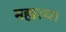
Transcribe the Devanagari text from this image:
महारथ।